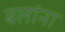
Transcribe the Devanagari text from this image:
बलांना